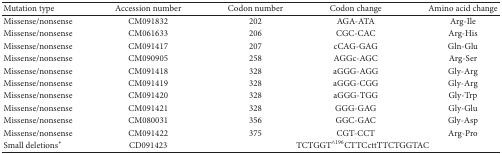
| Mutation type | Accession number | Codon number | Codon change | Amino acid change |
 | --- | --- | --- | --- | --- |
 | Missense/nonsense | CM091832 | 202 | AGA-ATA | Arg-Ile |
 | Missense/nonsense | CM061633 | 206 | CGC-CAC | Arg-His |
 | Missense/nonsense | CM091417 | 207 | cCAG-GAG | Gln-Glu |
 | Missense/nonsense | CM090905 | 258 | AGGc-AGC | Arg-Ser |
 | Missense/nonsense | CM091418 | 328 | aGGG-AGG | Gly-Arg |
 | Missense/nonsense | CM091419 | 328 | aGGG-CGG | Gly-Arg |
 | Missense/nonsense | CM091420 | 328 | aGGG-TGG | Gly-Trp |
 | Missense/nonsense | CM091421 | 328 | GGG-GAG | Gly-Glu |
 | Missense/nonsense | CM080031 | 356 | GGC-GAC | Gly-Asp |
 | Missense/nonsense | CM091422 | 375 | CGT-CCT | Arg-Pro |
 | Small deletions* | CD091423 | <COLSPAN=3> TCTGGT∧196CTTCcttTTCTGGTAC |